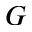
G